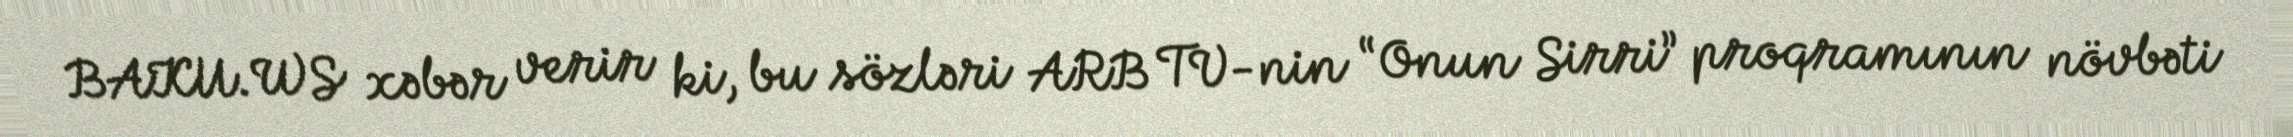
BAKU.WS xəbər verir ki, bu sözləri ARB TV-nin “Onun Sirri” proqramının növbəti